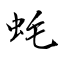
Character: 蚝